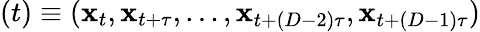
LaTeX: (t)\equiv(\mathbf{x}_{t},\mathbf{x}_{t+\tau},...,\mathbf{x}_{t+(D-2)\tau},\mathbf{x}_{t+(D-1)\tau})